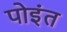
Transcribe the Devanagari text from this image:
पोइंत